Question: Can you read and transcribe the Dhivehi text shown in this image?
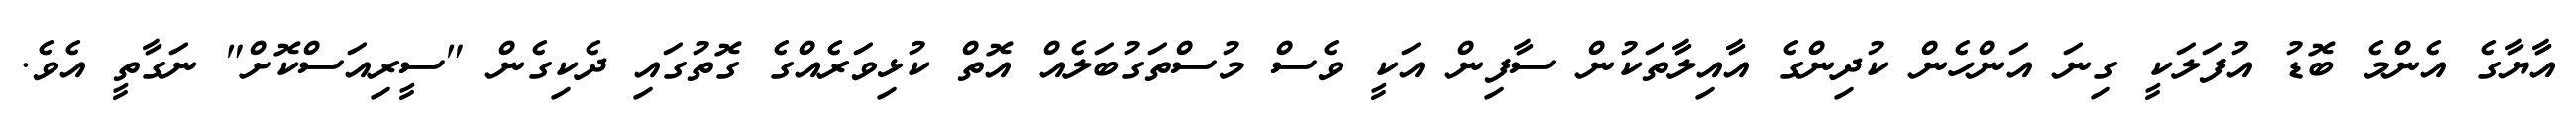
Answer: އާޔާގެ އެންމެ ބޮޑު އުފަލަކީ ގިނަ އަންހެން ކުދިންގެ އާއިލާތަކުން ސާފިން އަކީ ވެސް މުސްތަގުބަލެއް އޮތް ކުޅިވަރެއްގެ ގޮތުގައި ދެކިގެން "ސީރިއަސްކޮށް" ނަގާތީ އެވެ.